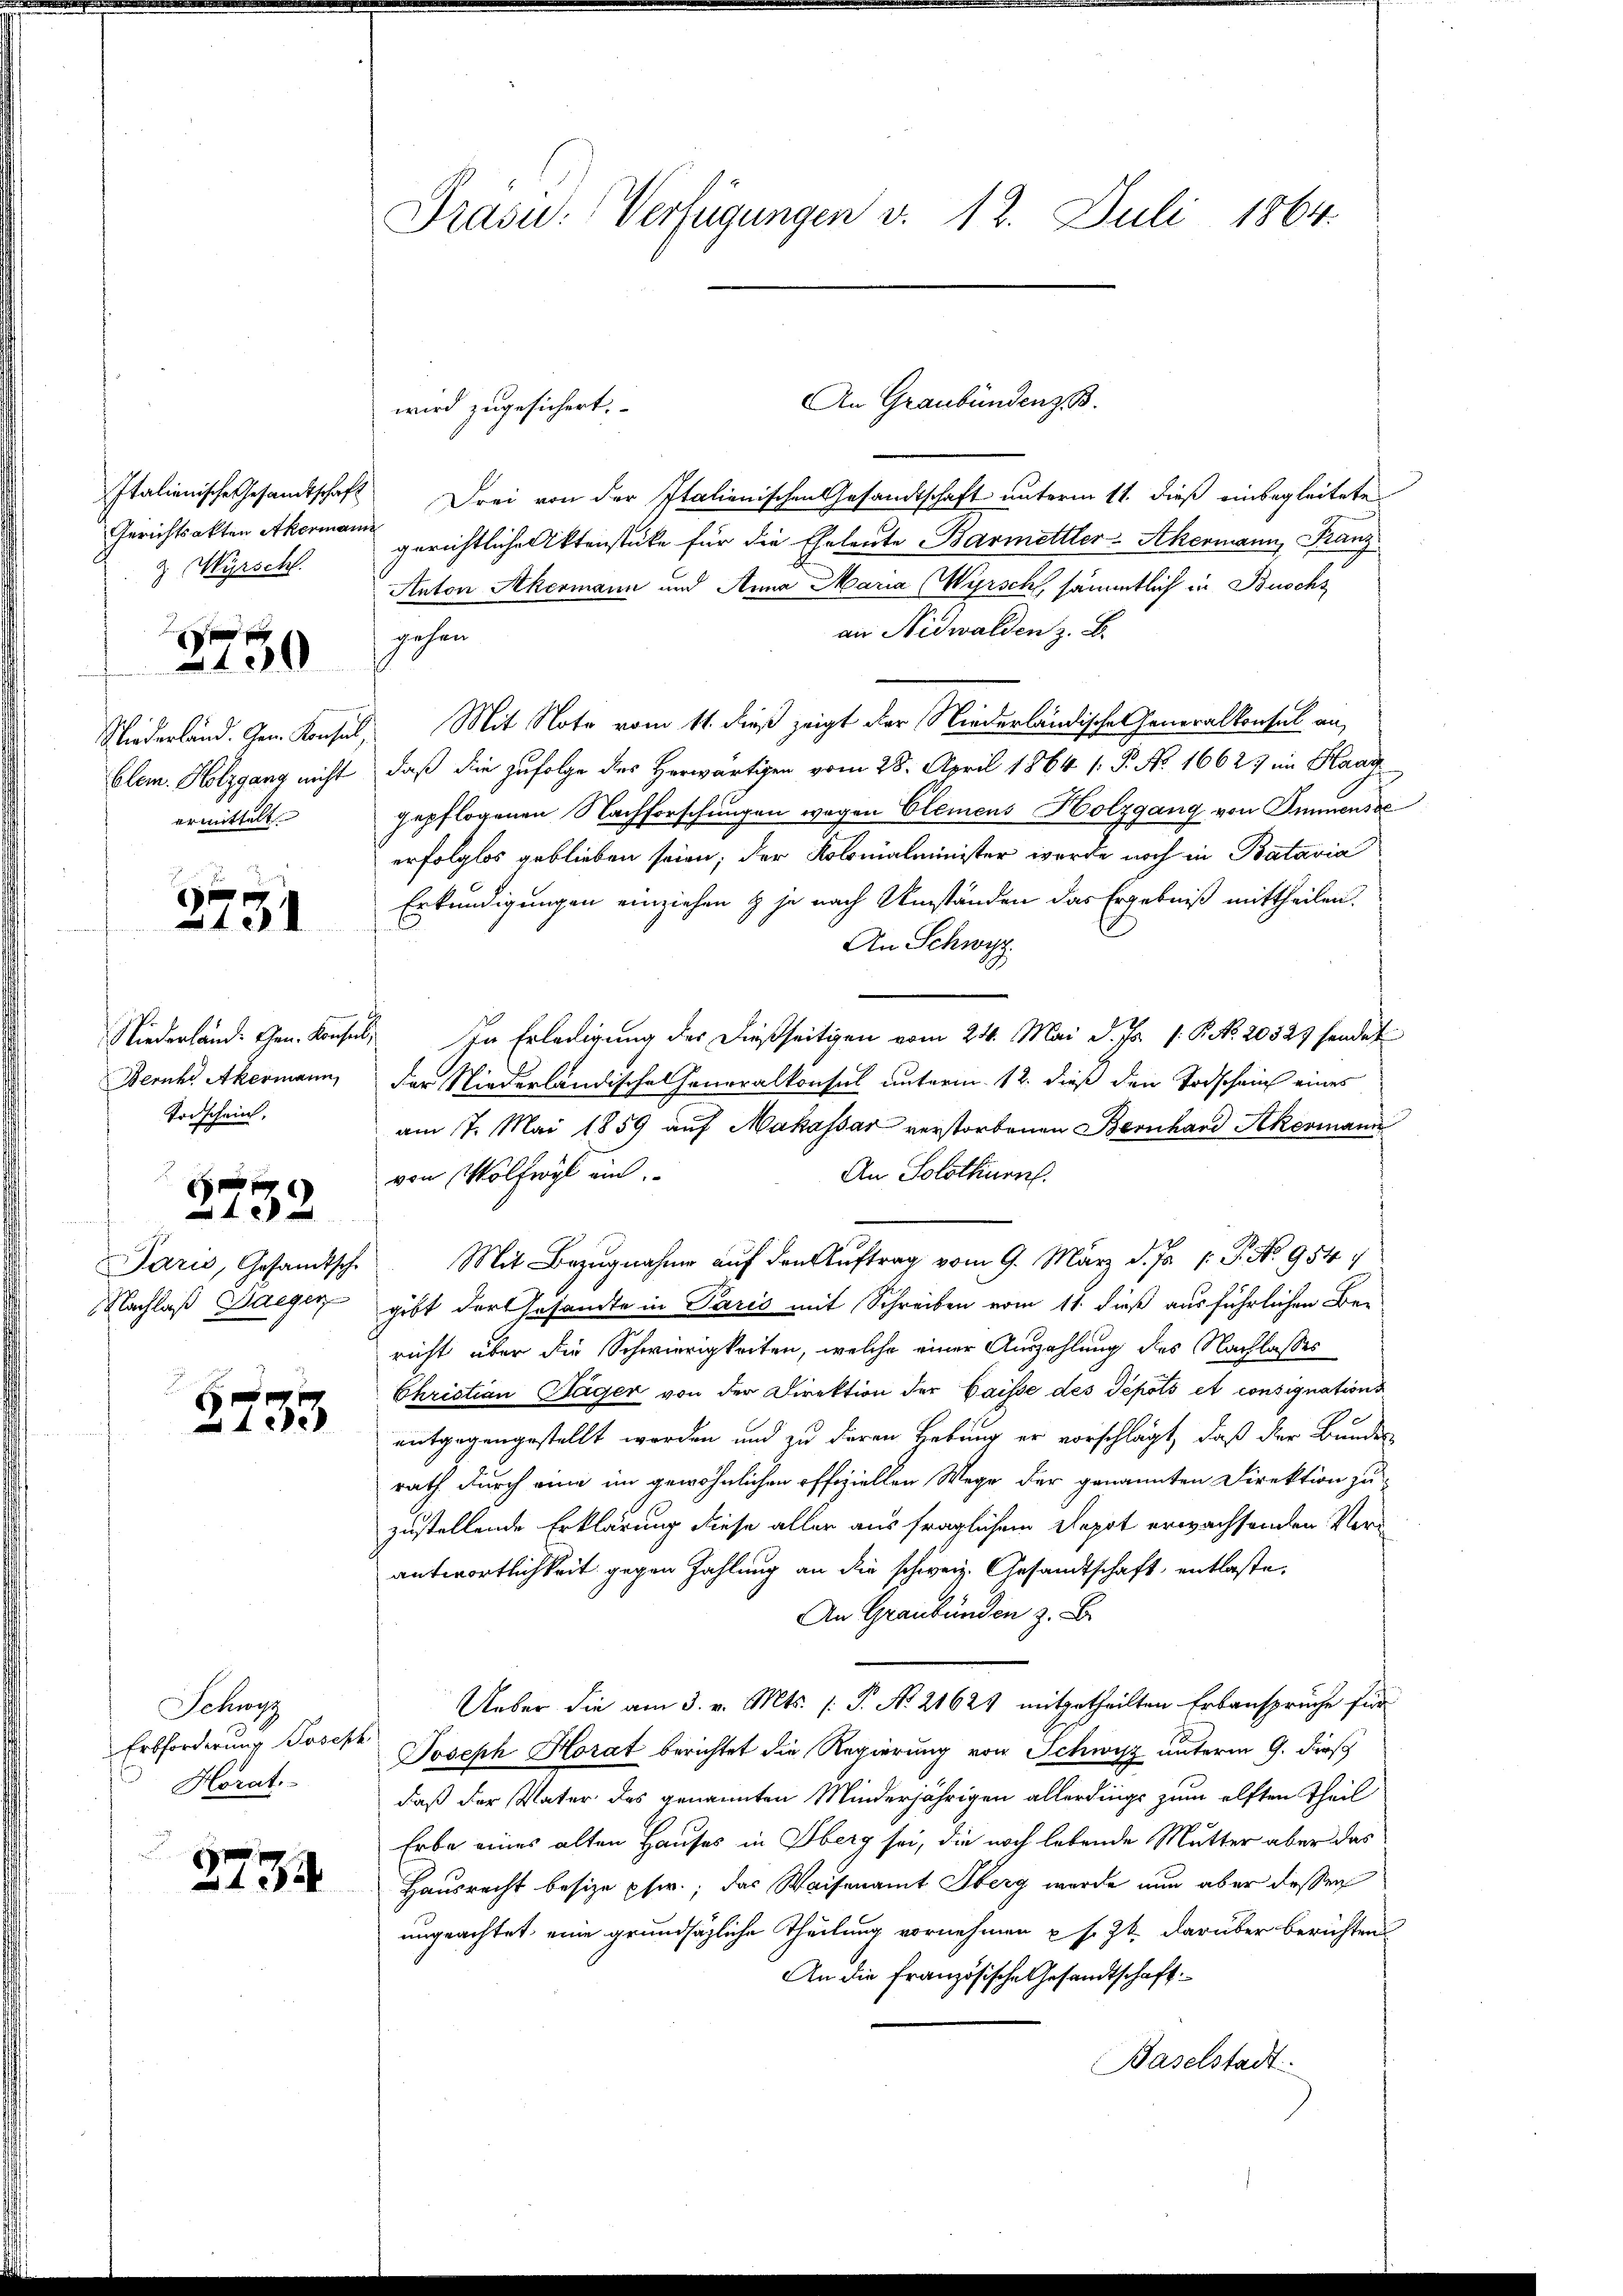
Gerichtsakten Akermann
& Myrschl

100
ermittelt

p
181

Niederlände Ehen. Kaufen
Bernhi Akermann,
Todschein,

ff
102

Paris, Gesandtsch
Nachlaß Waeger

6
 4 de

Schwyz
Erbforderung Josep
Horat.

2734

Präsid.: Verfügungen v. 12. Juli 1864.

Italienische Gesandtschaft Drei von der Italienischen Gesandtschaft unterm 11. dieß einbegleitete
gerichtlicher Aktenstüke für die Eheleute Barmettler-Akermann, Franz
Anton Akermann und Anna Maria (Wyrsch sämmtlich in Buschs
an Nidwalden z. B.
gehen
Niederland. Gen. Konsul, Mit Note vom 11. dieß zeigt der Niederländische Generalkonsul an,
Clem. Holzgang nicht, daß die zufolge des Herwärtigen vom 28. April 1864 (: P. No. 1662) im Haag
gepflogenen Nachforschungen wegen Elemens Holzgang von Immendes
erfolglos geblieben seien; der Kolonialminister werde noch in Batavia
Erkundigungen einziehen & je nach Umständen das Ergebniß mittheilen.
An Schwyz
In Erledigung der dießseitigen vom 24. Mai d. Js. 1. P. NNo. 20329 sendet
der Niederländische Generalkonsul unterm 12. dieß den Todschain eines
am 7. Mai 1859 auf Makassar verstorbenen Bernhard Akermann
An Solothurn.
von Wolfwyl ein.
 Miza auf den Auftrag vom 9. März d. J. P. Nr. 954
gibt der Gesandte in Paris mit Schreiben vom 11. dieß ausführlichen Bericht über die Schwierigkeiten, welche einer Auszahlung des Nachlasses
Christian Sager von der Direktion der Gaisse des Jepots et consignations
entgegengestellt worden und zu deren Hebung er vorschlägt, daß der Bundes
rath durch eine im gewöhnlichen offiziellen Wege der genannten Direktion zu
zustellende Erklärung diese aller aus fraglichem Depot erwachsenden Verantwortlichkeit gegen Zahlung an die schweiz. Gesandtschaft entlaste,
An Graubünden z. B.
Ueber die am 3. v. Mts. (T. No. 21621 mitgetheilten Erbanspruche für
2
Joseph Horat berichtet die Regierung von Schwisz unterm 9. dieß
daß der Vater des genannten Minderjährigen allerdings zum elften Theil
Erbe eines alten Hauses in Oberg sei, die noch lebende Mutter aber das
Hausrecht besize pfw.; das Waisenamt Oberg wurde nun aber dessen
ungeachtet, eine grundsätzliche Theilung vornehmen u. s. Zt. darüber berichten
An die französische Gesandtschaft.
Baselstadt.

wird zugesichert.

An Graubündenz B.